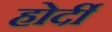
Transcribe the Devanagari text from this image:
होर्दी